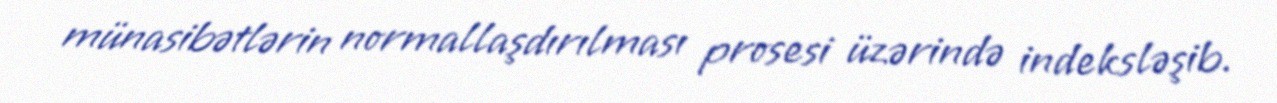
münasibətlərin normallaşdırılması prosesi üzərində indeksləşib.